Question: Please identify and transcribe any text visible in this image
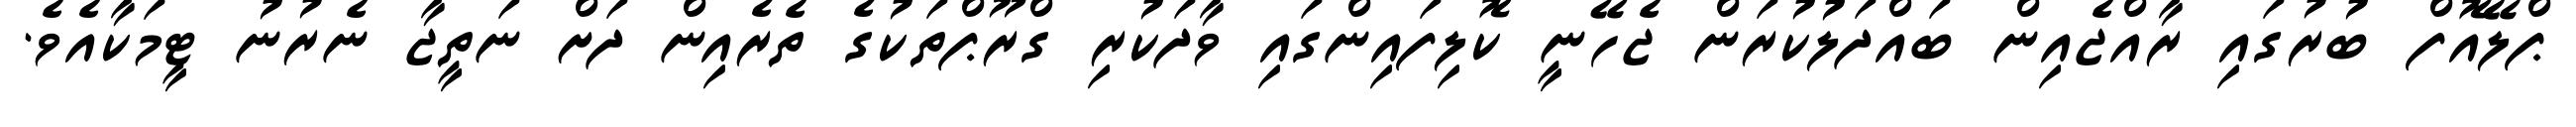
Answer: ޕްލޭއޮފް ބުރުގައި ރާއްޖެއިން ބައްދަލުކުރަން ޖެހޭނީ ކޮލިފައިންގައި ވާދަކުރި ގްރޫޕްތަކުގެ ތެރެއިން ދަށް ނަތީޖާ ނެރުނު ޓީމަކާއެވެ.